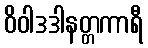
ဝိဝါဒဒါနတ္တကာရီ